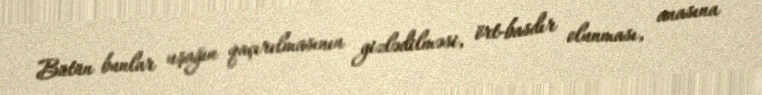
Bütün bunlar uşağın qaçırılmasının gizlədilməsi, ört-basdır olunması, anasına